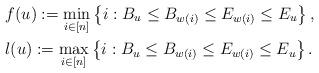
LaTeX: \begin{align*} &f(u):= \min_{i \in [n]} \left\{ i: B_{u} \leq B_{w(i) } \leq E_{w(i)} \leq E_{u} \right\},\\ & l(u):= \max_{i \in [n]} \left\{ i: B_{u} \leq B_{w(i) } \leq E_{w(i)} \leq E_{u} \right\}.\end{align*}